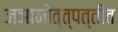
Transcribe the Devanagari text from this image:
ज्ञानोत्त्पत्तीत